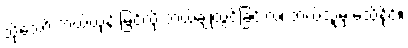
သို့သော် ဘယ်ယုန် မြင်လို့ ဘယ်ချုံထွင်ခြင်းလဲ၊ ဘယ်သူမှ မသိနိုင်။